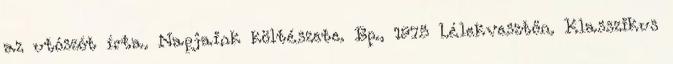
az utószót írta. Napjaink költészete. Bp., 1975 Lélekvesztőn. Klasszikus